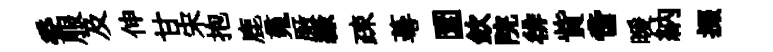
委服及伸甘宋抱鹿䰟厫綠疎蕚圜欽院徘貲啻暖納掇